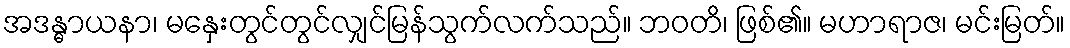
အဒန္ဓာယနာ၊ မနှေးတွင်တွင်လျှင်မြန်သွက်လက်သည်။ ဘဝတိ၊ ဖြစ်၏။ မဟာရာဇ၊ မင်းမြတ်။